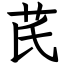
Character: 芪